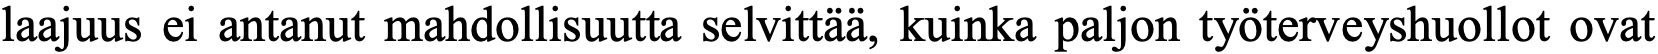
laajuus ei antanut mahdollisuutta selvittää, kuinka paljon työterveyshuollot ovat